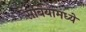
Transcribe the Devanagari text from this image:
सर्बियामध्ये